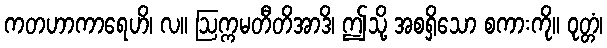
ကတဟာကာရေဟိ၊ လ။ ဩက္ကမတီတိအာဒိ၊ ဤသို့ အစရှိသော စကားကို။ ဝုတ္တံ၊